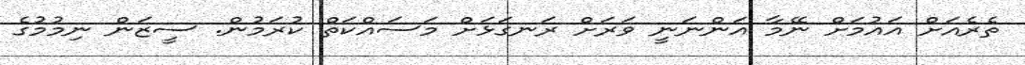
ތެރެއަށް އައުމަށް ނޭމާ އަންނަނީ ވަރަށް ރަނގަޅަށް މަސައްކަތް ކުރަމުން. ސީޒަން ނިމުމުގެ